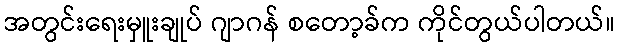
အတွင်းရေးမှူးချုပ် ဂျာဂန် စတော့ခ်က ကိုင်တွယ်ပါတယ်။